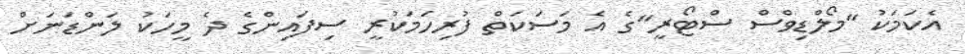
އެކަމަކު "މޯލްޑިވްސް ސްޓޯރީ"ގެ އެ މަސަކަތް ފުރިހަމަކުރީ ސިފައިންގެ ދެ މީހަކު ލަންޑަނަށް